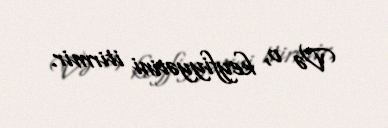
Və o, keyfiyyətini itirmir.